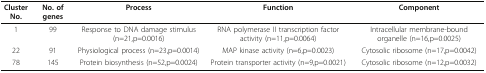
| Cluster No. | No. of genes | Process | Function | Component |
 | --- | --- | --- | --- | --- |
 | 1 | 99 | Response to DNA damage stimulus (n=21,p=0.0016) | RNA polymerase II transcription factor activity (n=11,p=0.0064) | Intracellular membrane-bound organelle (n=16,p=0.0025) |
 | 22 | 91 | Physiological process (n=23,p=0.0014) | MAP kinase activity(n=6,p=0.0023) | Cytosolic ribosome (n=17,p=0.0042) |
 | 78 | 145 | Protein biosynthesis (n=52,p=0.0024) | Protein transporter activity (n=9,p=0.0021) | Cytosolic ribosome (n=12,p=0.0032) |